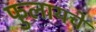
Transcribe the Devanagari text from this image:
फुलायचे